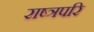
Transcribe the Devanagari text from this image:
राष्त्रपरि